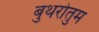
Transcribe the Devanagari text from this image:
बुथरोतुम